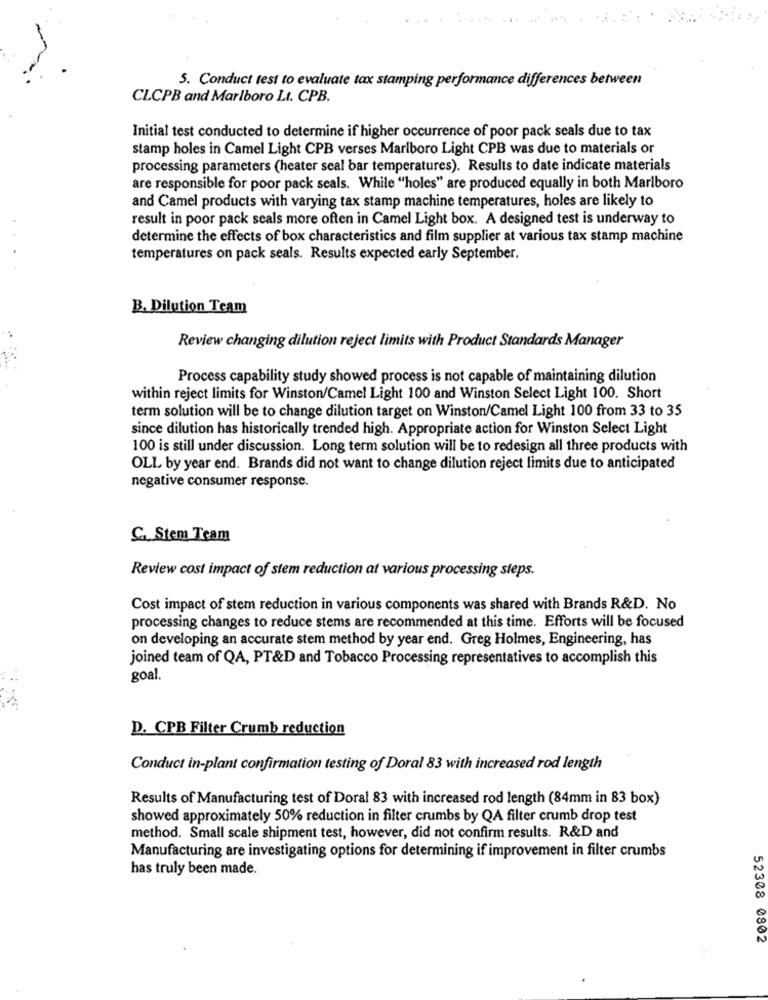
5. Conduct test to evaluate tax stamping performance differences between
CLCPB and Marlboro Lt. CPB.
Initial test conducted to determine if higher occurrence of poor pack seals due to tax
stamp holes in Camel Light CPB verses Marlboro Light CPB was due to materials or
processing parameters (heater seal bar temperatures). Results to date indicate materials
are responsible for poor pack seals. While "holes" are produced equally in both Marlboro
and Camel products with varying tax stamp machine temperatures, holes are likely to
result in poor pack seals more often in Camel Light box. A designed test is underway to
determine the effects of box characteristics and film supplier at various tax stamp machine
temperatures on pack seals. Results expected early September.
B. Dilution Team
Review changing dilution reject limits with Product Standards Manager
Process capability study showed process is not capable of maintaining dilution
within reject limits for Winston/Camel Light 100 and Winston Select Light 100. Short
term solution will be to change dilution target on Winston/Camel Light 100 from 33 to 35
since dilution has historically trended high. Appropriate action for Winston Select Light
100 is still under discussion. Long term solution will be to redesign all three products with
OLL by year end. Brands did not want to change dilution reject limits due to anticipated
negative consumer response.
C. Stem Team
Review cost impact of stem reduction at various processing steps.
Cost impact of stem reduction in various components was shared with Brands R&D. No
processing changes to reduce stems are recommended at this time. Efforts will be focused
on developing an accurate stem method by year end. Greg Holmes, Engineering, has
joined team of QA, PT&D and Tobacco Processing representatives to accomplish this
goal.
D. CPB Filter Crumb reduction
Conduct in-plant confirmation testing of Doral 83 with increased rod length
Results of Manufacturing test of Doral 83 with increased rod length (84mm in 83 box)
showed approximately 50% reduction in filter crumbs by QA filter crumb drop test
method. Small scale shipment test, however, did not confirm results. R&D and
Manufacturing are investigating options for determining if improvement in filter crumbs
has truly been made.
52308 0802